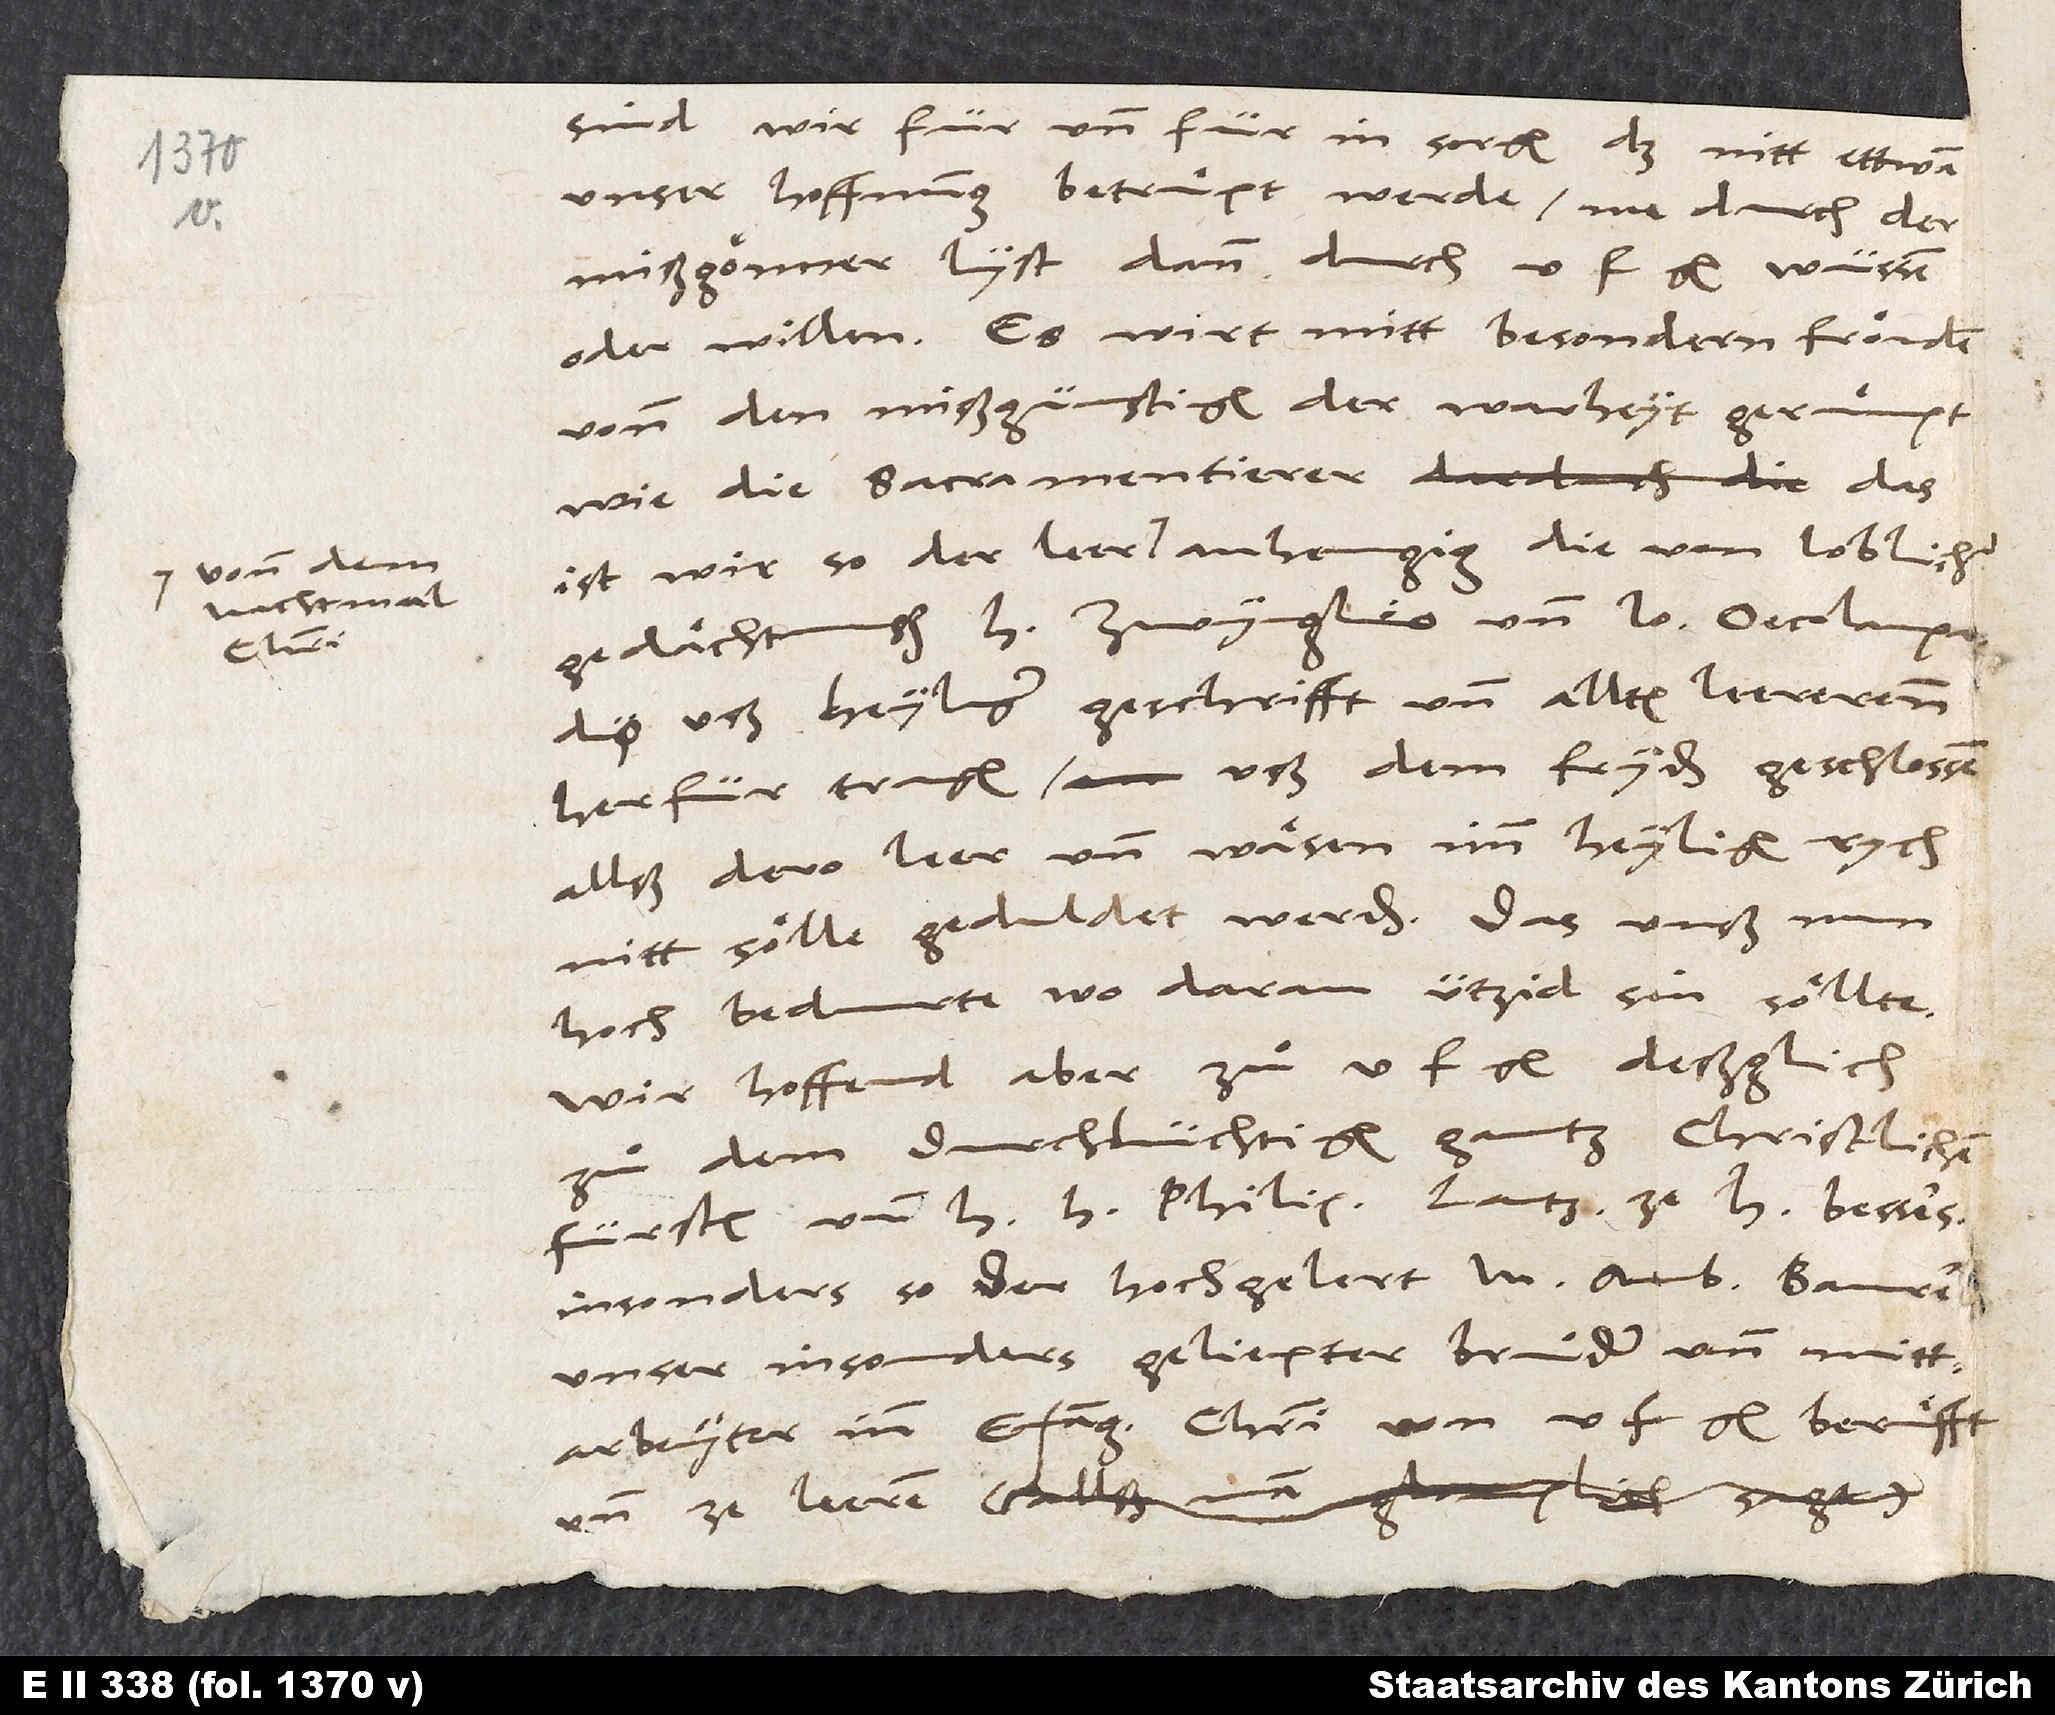
1534.
nachtmol